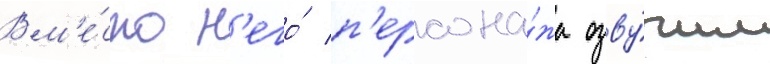
Вм'е́сто н'его́ п'ерсона́жа озву́чил